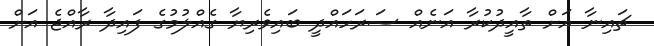
ޗައިނާ އަށް ތާއީދުކުރާ އަނެއް ސަރަހައްދީ ބައިވެރިޔާ ގެއްލުމުގެ ފައިދާ ރާއްޖެ އަށް